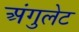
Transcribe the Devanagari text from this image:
अंगुलेट